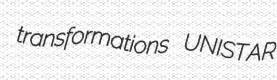
transformations UNISTAR